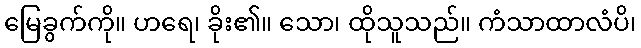
မြေခွက်ကို။ ဟရေ၊ ခိုး၏။ သော၊ ထိုသူသည်။ ကံသာထာလံပိ၊